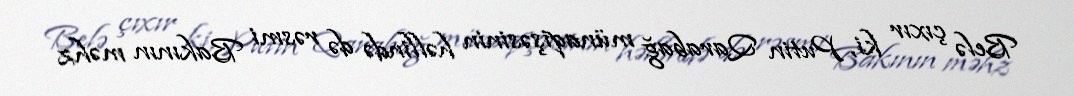
Belə çıxır ki, Putin Qarabağ münaqişəsinin həllində də rəsmi Bakının məhz